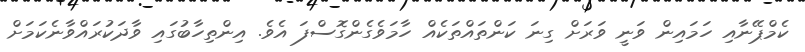
ކެމްޕޭނާއި ހަމައިން ވަނީ ވަރަށް ގިނަ ކަންތައްތަކެއް ހާމަވެގެންގޮސްފަ އެވެ. އިންތިހާބުގައި ވާދަކުރައްވާނެކަމަށް